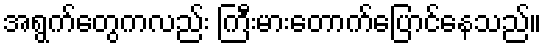
အရွက်တွေကလည်း ကြီးမားတောက်ပြောင်နေသည်။